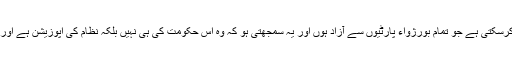
تحریک انصاف کی حکومت کے حملوں کا مقابلہ محنت کش طبقہ کی انقلابی پارٹی ہی کرسکتی ہے جو تمام بورژواء پارٹیوں سے آزاد ہوں اور یہ سمجھتی ہو کہ وہ اس حکومت کی ہی نہیں بلکہ نظام کی اپوزیشن ہے اور موجود بحران کا واحد حل سرمایہ دار ی نظام کے خاتمے اور سوشلسٹ انقلاب میں ہے۔